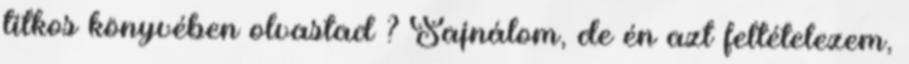
titkos könyvében olvastad ? Sajnálom, de én azt feltételezem,